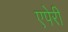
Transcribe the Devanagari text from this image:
एपेरी